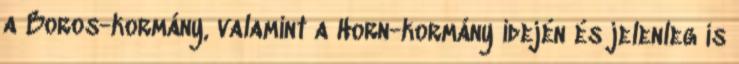
a Boros-kormány, valamint a Horn-kormány idején és jelenleg is